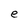
Character: e